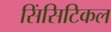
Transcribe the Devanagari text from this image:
सिंसिटिकल